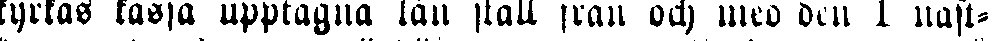
kyrkas kassa upptagna lån skall från och med den 1 näst-